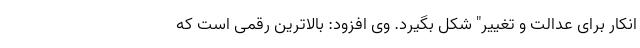
انکار برای عدالت و تغییر" شکل بگیرد. وی افزود: بالاترین رقمی است که